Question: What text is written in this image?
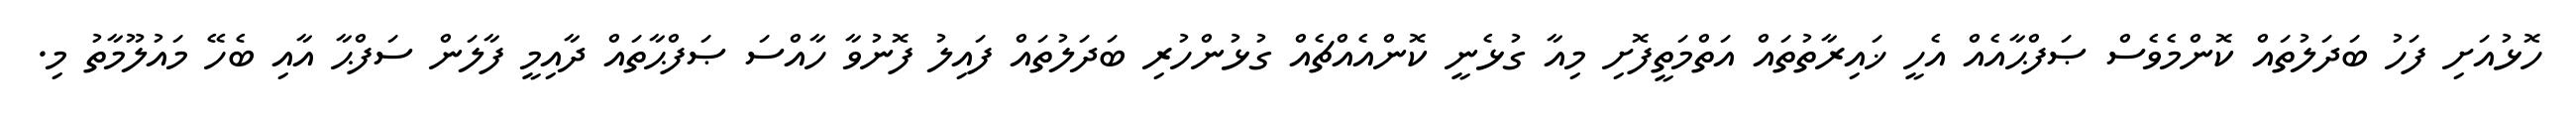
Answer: ހޮޅުއަށި ފަހު ބަދަލުތައް ކޮންމެވެސް ޞަފްޙާއެއް އެހީ ޚައިރާތުތައް އަތްމަތީފޮށި މިއާ ގުޅެނީ ކޮންއެއްޗެއް ގުޅުންހުރި ބަދަލުތައް ފައިލު ފޮނުވާ ހާއްސަ ޞަފްޙާތައް ދާއިމީ ފާލަން ސަފްޙާ އާއި ބެހޭ މައުލޫމާތު މި.